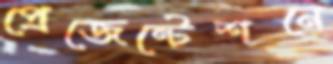
প্রেজেন্টেশনে